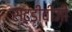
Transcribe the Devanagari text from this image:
स्टडीवीज़ी